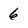
Character: 6